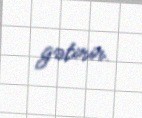
gətirir.